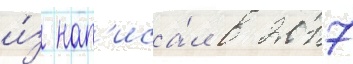
и́з нап'иса́л в 2017